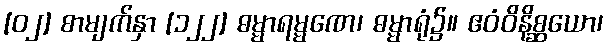
[၀၂] စာမျက်နှာ [၁၂၂] ဓမ္မာရမ္မဏေ၊ ဓမ္မာရုံ၌။ ဧဝံဝိနိစ္ဆယော၊